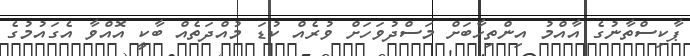
ޕާކިސްތާނުގެ އާއްމު އިންތިހާބަށް މަސްދުވަހަށް ވުރެއް ކުޑަ މުއްދަތެއް ބާކީ އޮއްވާ އެގައުމުގެ